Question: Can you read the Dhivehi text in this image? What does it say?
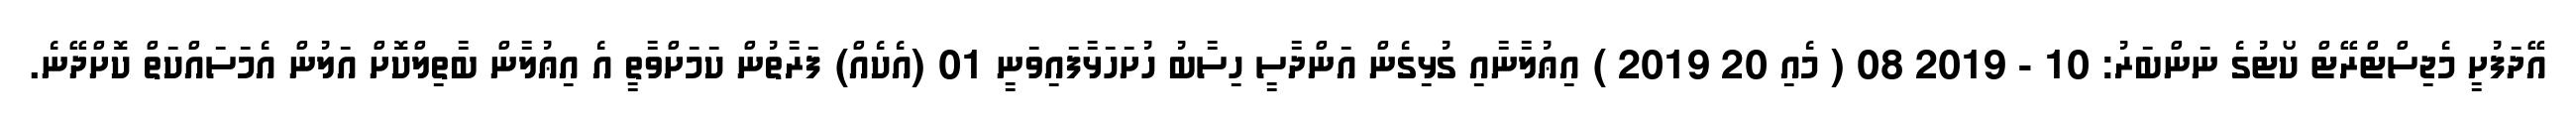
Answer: އޭދަފުށީ މެޖިސްޓްރޭޓް ކޯޓުގެ ނަންބަރު: 10 - 2019 08 ( މެއި 20 2019 ) އިޢުލާނާއި ގުޅިގެން އަންދާސީ ހިސާބު ހުށަހަޅާފައިވަނީ 01 (އެކެއް) ފަރާތުން ކަމަށްވާތީ އެ އިޢުލާން ބާތިލްކޮށް އަލުން އެމަސައްކަތް ކޮށްދޭނެ.